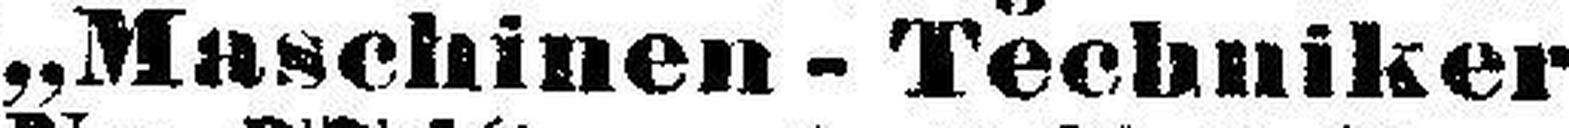
„Maschinen-Techniker